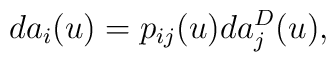
d a_i(u) = p_{ij}(u) d a_{j}^D (u),